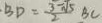
. B D = \frac { 3 - \sqrt { 5 } } { 2 } B C